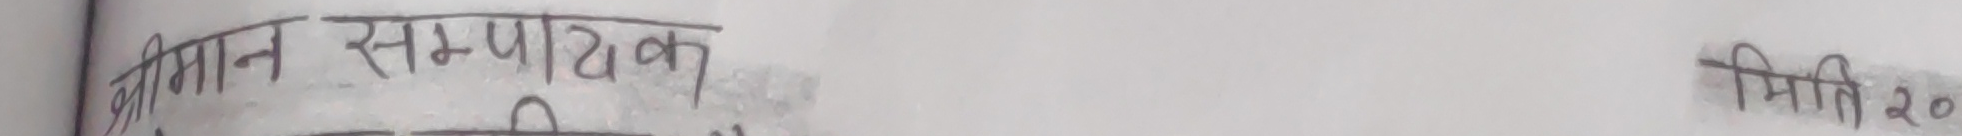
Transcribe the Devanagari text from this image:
श्रीमान सम्पादक मिति २०